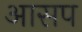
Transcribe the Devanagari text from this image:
आसप